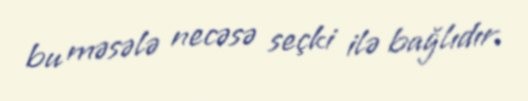
bu məsələ necəsə seçki ilə bağlıdır.